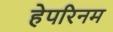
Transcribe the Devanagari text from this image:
हेपरिनम